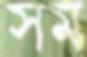
সম